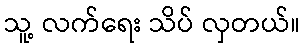
သူ့ လက်ရေး သိပ် လှတယ်။